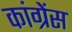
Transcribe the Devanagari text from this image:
कांग्रेंस